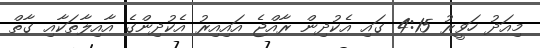
މިއަދު ހަވީރު 4:15 ގައި އެކުދިން ރާއްޖެ އައިއިރު އެކުދިންގެ އާއިލާތަކާއި ގާތް